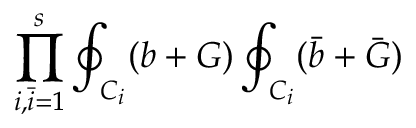
\prod _ { i , { \bar { i } } = 1 } ^ { s } \oint _ { C _ { i } } ( b + G ) \oint _ { C _ { i } } ( { \bar { b } } + { \bar { G } } )